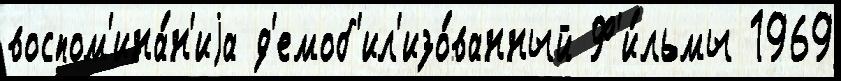
воспом'ина́н'иjа д'емоб'ил'изо́ванный Ф'и́льмы 1969